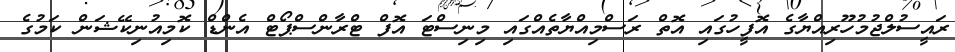
ރައީސުލްޖުމުހޫރިއްޔާގެ އޮފީހުގައި އޮތް ރަސްމިއްޔާތެއްގައި މިނިސްޓަ އޮފް ޓްރާންސްޕޯޓް އެންޑް ކޮމިއުނިކޭޝަން ކަމުގެ